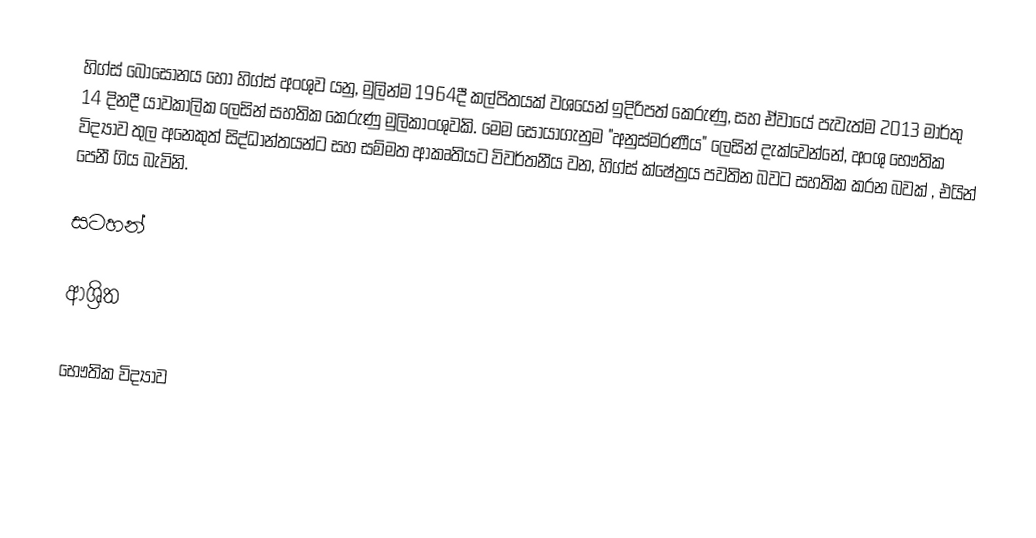
හිග්ස් බොසෝනය හෝ හිග්ස් අංශුව යනු, මුලින්ම  1964දී කල්පිතයක් වශයෙන් ඉදිරිපත් කෙරුණු, සහ ඒවායේ පැවැත්ම 2013 මාර්තු 14 දිනදී  යාවකාලික ලෙසින් සහතික කෙරුණු මුලිකාංශුවකි.  මෙම සොයාගැනුම "අනුස්මරණීය" ලෙසින් දැක්වෙන්නේ,  අංශු භෞතික විද්‍යාව තුල අනෙකුත් සිද්ධාන්තයන්ට සහ සම්මත ආකෘතියට විවර්තනීය වන, හිග්ස් ක්ෂේත්‍රය පවතින බවට සහතික කරන බවක් , එයින් පෙනී ගිය බැවිනි.

සටහන්

ආශ්‍රිත

භෞතික විද්‍යාව